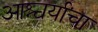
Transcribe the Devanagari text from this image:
आश्चर्यांचा